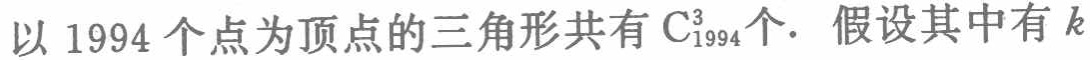
以 1994 个点为顶点的三角形共有 \(C_{1994}^3\) 个. 假设其中有 \(k\)